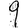
Digit: 9